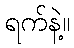
ရက်နဲ့။